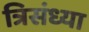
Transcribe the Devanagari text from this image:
त्रिसंध्या